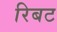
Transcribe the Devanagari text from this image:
रिबट